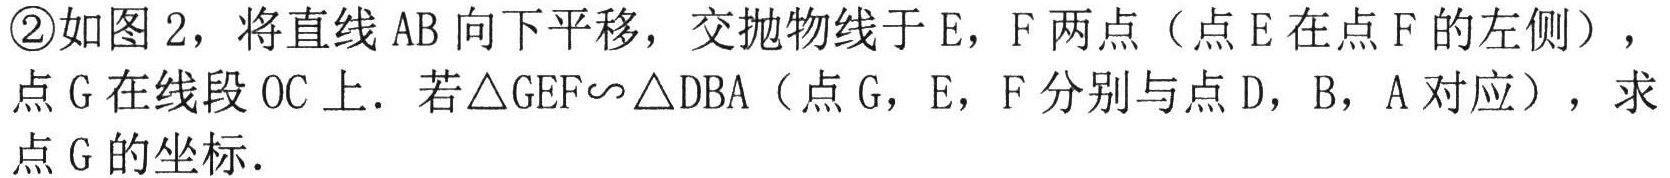
\textcircled{2}如图2，将直线\(AB\)向下平移，交抛物线于\(E\)，\(F\)两点（点\(E\)在点\(F\)的左侧），点\(G\)在线段\(OC\)上. 若\(\triangle GEF\sim\triangle DBA\)（点\(G\)，\(E\)，\(F\)分别与点\(D\)，\(B\)，\(A\)对应），求点\(G\)的坐标.